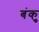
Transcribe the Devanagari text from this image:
बंकु